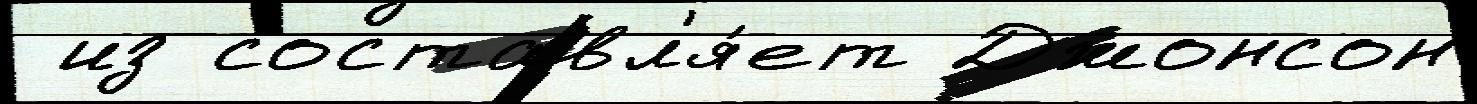
 из составл'я́ет Джонсон